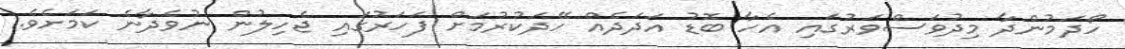
ހޯދަމުންދާ މިދުވަސްވަރުގައި އެހާ ބޮޑު އަދަދެއް ހޭދަކުރުމަށް ފަހަރުގައި ޖެހިލުން ނުވެދާނެ ކަމަށެވެ.